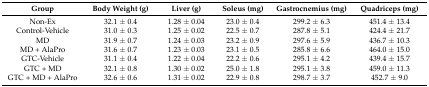
| Group | Body Weight (g) | Liver (g) | Soleus (mg) | Gastrocnemius (mg) | Quadriceps (mg) |
 | --- | --- | --- | --- | --- | --- |
 | Non-Ex | 32.1 ± 0.4 | 1.28 ± 0.04 | 23.0 ± 0.4 | 299.2 ± 6.3 | 451.4 ± 13.4 |
 | Control-Vehicle | 31.0 ± 0.3 | 1.25 ± 0.02 | 22.5 ± 0.7 | 287.8 ± 5.1 | 424.4 ± 21.7 |
 | MD | 31.9 ± 0.7 | 1.24 ± 0.03 | 23.2 ± 0.9 | 297.6 ± 5.9 | 436.7 ± 10.3 |
 | MD + AlaPro | 31.6 ± 0.7 | 1.23 ± 0.03 | 23.1 ± 0.5 | 285.8 ± 6.6 | 464.0 ± 15.0 |
 | GTC-Vehicle | 31.1 ± 0.4 | 1.22 ± 0.04 | 22.2 ± 0.6 | 295.1 ± 4.2 | 439.4 ± 15.7 |
 | GTC + MD | 32.1 ± 0.8 | 1.30 ± 0.02 | 25.0 ± 1.8 | 295.1 ± 3.8 | 459.0 ± 11.3 |
 | GTC + MD + AlaPro | 32.6 ± 0.6 | 1.31 ± 0.02 | 22.9 ± 0.8 | 298.7 ± 3.7 | 452.7 ± 9.0 |